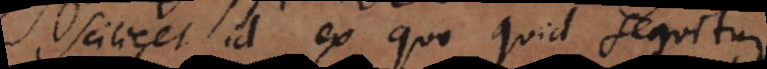
scilicet id ex quo quid sequitur